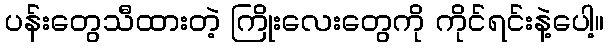
ပန်းတွေသီထားတဲ့ ကြိုးလေးတွေကို ကိုင်ရင်းနဲ့ပေါ့။